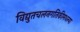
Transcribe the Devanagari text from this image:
विद्युतचलनगतिकीमधल्या